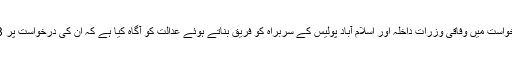
راہ راست ٹرسٹ نامی ایک فلاحی ادارے کے چیئرمین آغا عطااللہ شاہ نے اپنی درخواست میں وفاقی وزرات داخلہ اور اسلام آباد پولیس کے سربراہ کو فریق بناتے ہوئے عدالت کو آگاہ کیا ہے کہ ان کی درخواست پر 1973 کے دستور کے اصل مسودے کی چوری کا مقدمہ درج نہیں کیا جا رہا ہے۔